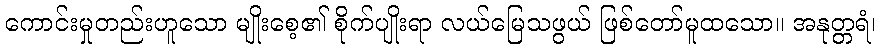
ကောင်းမှုတည်းဟူသော မျိုးစေ့၏ စိုက်ပျိုးရာ လယ်မြေသဖွယ် ဖြစ်တော်မူထသော။ အနုတ္တရံ၊